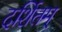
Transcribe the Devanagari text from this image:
दर्शितम्